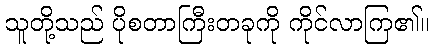
သူတို့သည် ပိုစတာကြီးတခုကို ကိုင်လာကြ၏။